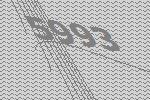
5993